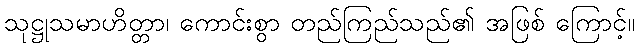
သုဋ္ဌုသမာဟိတ္တာ၊ ကောင်းစွာ တည်ကြည်သည်၏ အဖြစ် ကြောင့်။